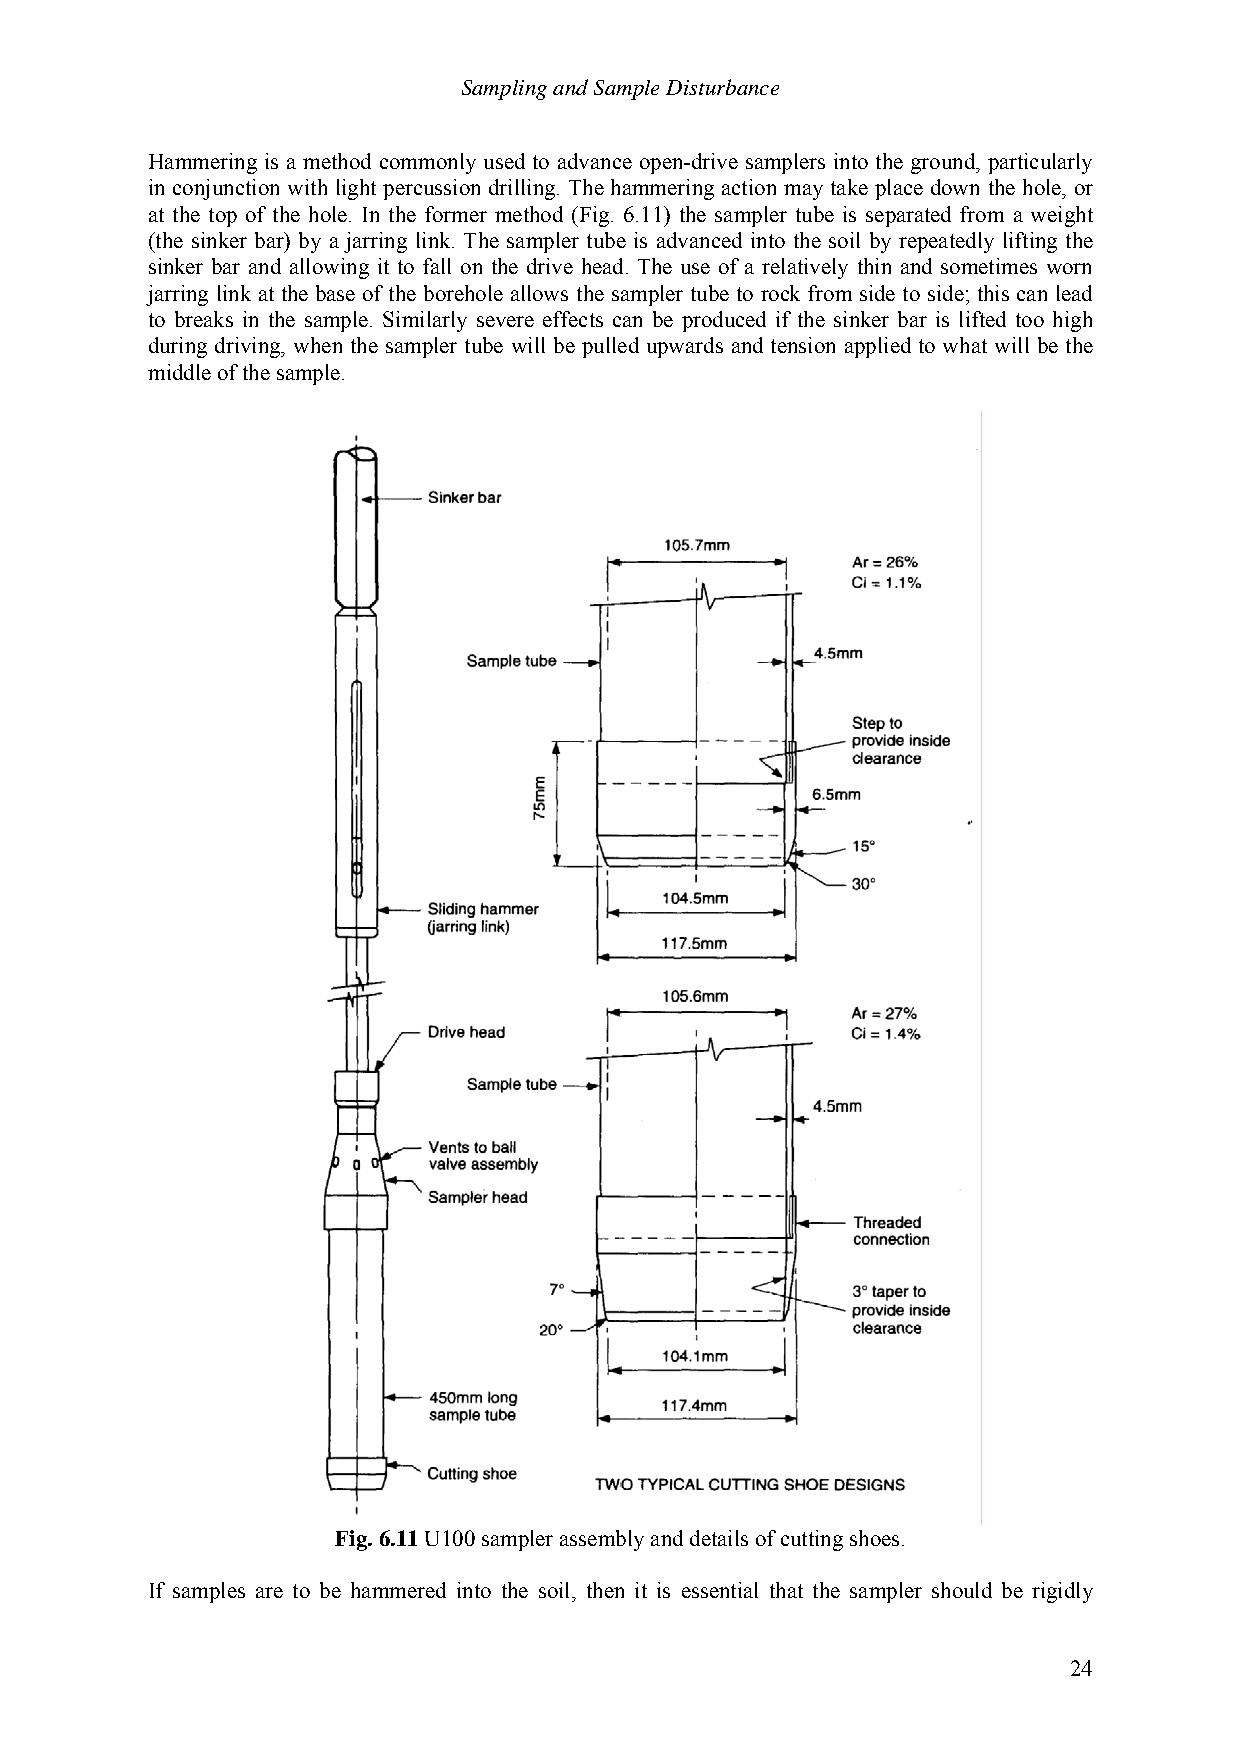
Sampling and Sample Disturbance
 Hammering is a method commonly used to advance open-drive samplers into the ground, particularly
 in conjunction with light percussion drilling. The hammering action may take place down the hole, or
 at the top of the hole. In the former method (Fig. 6.11) the sampler tube is separated from a weight
 (the sinker bar) by a jarring link. The sampler tube is advanced into the soil by repeatedly lifting the
 sinker bar and allowing it to fall on the drive head. The use of a relatively thin and sometimes worn
 jarring link at the base of the borehole allows the sampler tube to rock from side to side; this can lead
 to breaks in the sample. Similarly severe effects can be produced if the sinker bar is lifted too high
 during driving, when the sampler tube will be pulled upwards and tension applied to what will be the
 middle of the sample.
 Fig. 6.11 U100 sampler assembly and details of cutting shoes.
 If samples are to be hammered into the soil, then it is essential that the sampler should be rigidly
 24